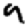
Digit: 9